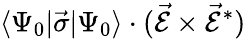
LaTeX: \langle\Psi_{0}|\vec{\sigma}|\Psi_{0}\rangle\cdot(\vec{\mathcal{E}}\times\vec{\mathcal{E}}^{\ast})